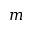
m